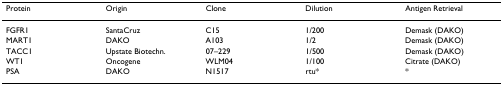
<table><thead><tr><td><b>Protein</b></td><td><b>Origin</b></td><td><b>Clone</b></td><td><b>Dilution</b></td><td><b>Antigen Retrieval</b></td></tr></thead><tbody><tr><td>FGFR1</td><td>SantaCruz</td><td>C15</td><td>1/200</td><td>Demask (DAKO)</td></tr><tr><td>MART1</td><td>DAKO</td><td>A103</td><td>1/2</td><td>Demask (DAKO)</td></tr><tr><td>TACC1</td><td>Upstate Biotechn.</td><td>07–229</td><td>1/500</td><td>Demask (DAKO)</td></tr><tr><td>WT1</td><td>Oncogene</td><td>WLM04</td><td>1/100</td><td>Citrate (DAKO)</td></tr><tr><td>PSA</td><td>DAKO</td><td>N1517</td><td>rtu*</td><td>*</td></tr></tbody></table>